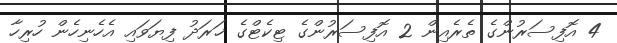
4 އޮފިސަރުންގެ ތެރެއިން 2 އޮފިސަރުންގެ ޓިކެޓްގެ ޚަރަދު ފިޔަވައި އެހެނިހެން ހުރިހާ